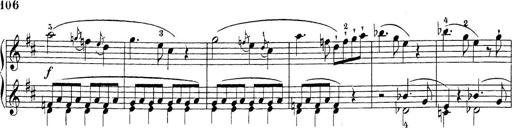
Title: Sonatina Album
Composer: Louis KÃ¶hler